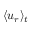
\langle u _ { r } \rangle _ { t }